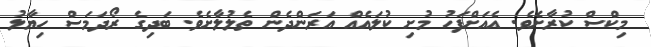
މިކްސް ކުރާށެވެ. އެއަށްފަހު މުށި ކުލައެއް އަރަންދެން ތެލުލާށެވެ. ބަދިގެ ރޯދަމަސް ހިޔާލު